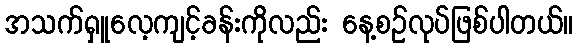
အသက်ရှူလေ့ကျင့်ခန်းကိုလည်း နေ့စဉ်လုပ်ဖြစ်ပါတယ်။